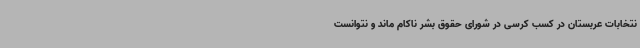
نتخابات عربستان در کسب کرسی در شورای حقوق بشر ناکام ماند و نتوانست